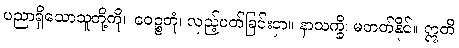
ပညာရှိသောသူတို့ကို။ ဝေဉ္စတုံ၊ လှည့်ပတ်ခြင်းငှာ။ နာသက္ခိ၊ မတတ်နိုင်။ ဣတိ